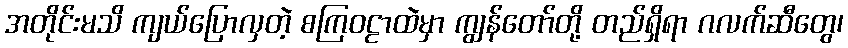
အတိုင်းမသိ ကျယ်ပြောလှတဲ့ စကြဝဠာထဲမှာ ကျွန်တော်တို့ တည်ရှိရာ ဂလက်ဆီတွေ၊